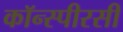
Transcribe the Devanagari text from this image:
कॉन्स्पीरसी